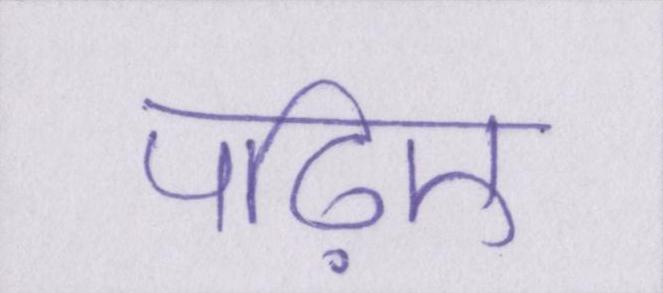
पढ़िए